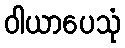
ဝါယာပေသုံ